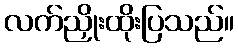
လက်ညှိုးထိုးပြသည်။